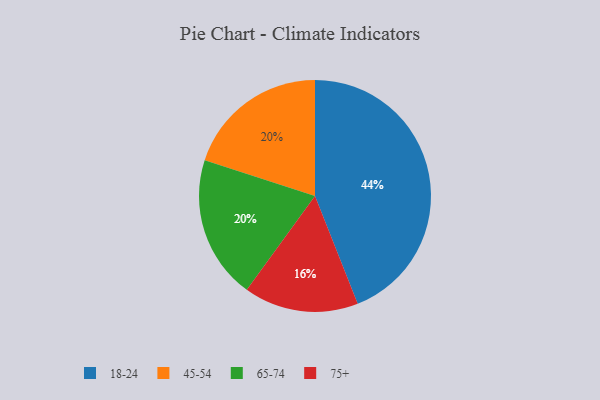
{"axis": {"x": "Category", "y": "Percentage"}, "legend": ["18-24", "45-54", "65-74", "75+"], "data": [{"x": "75+", "y": 16, "type": "75+"}, {"x": "45-54", "y": 20, "type": "45-54"}, {"x": "65-74", "y": 20, "type": "65-74"}, {"x": "18-24", "y": 44, "type": "18-24"}]}